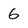
Character: 6